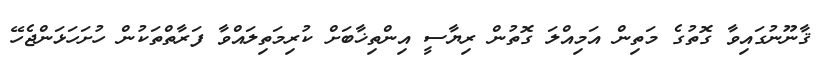
ޤާނޫނުގައިވާ ގޮތުގެ މަތިން އަމިއްލަ ގޮތުން ރިޔާސީ އިންތިޚާބަށް ކުރިމަތިލައްވާ ފަރާތްތަކުން ހުށަހަޅަންޖެހޭ